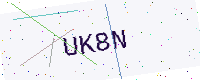
Text: UK8N